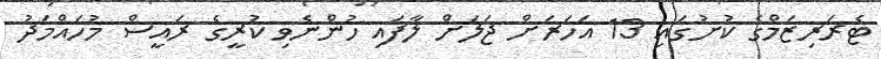
ޓެރަރިޒަމްގެ ކުށުގައި 13 އަހަރަށް ޖަލަށް ލާފައި ހުންނެވި ކުރީގެ ރައީސް މުހައްމަދު